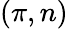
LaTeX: (\pi,n)